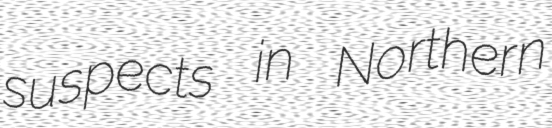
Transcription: suspects in Northern